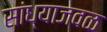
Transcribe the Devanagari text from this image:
सांध्याजवळ